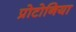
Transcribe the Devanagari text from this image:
प्रोटोनिया